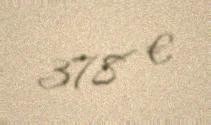
378 €